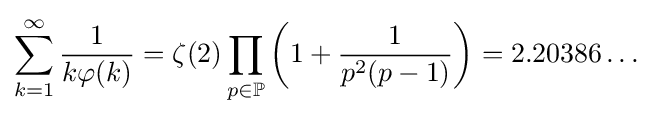
\sum _{k=1}^{\infty }{\frac {1}{k\varphi (k)}}=\zeta (2)\prod _{p\in \mathbb {P} }\left(1+{\frac {1}{p^{2}(p-1)}}\right)=2.20386\ldots